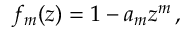
f _ { m } ( z ) = 1 - a _ { m } z ^ { m } \, ,